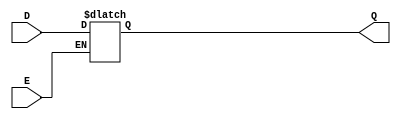
module async_gated_latch (
    input wire D,      // Data input
    input wire E,      // Enable signal
    output reg Q       // Output
);

// Always block that captures data based on the enable signal
always @* begin
    if (E) begin
        Q = D;        // Capture data when enable is high
    end
    // When E is low, Q retains its previous value
end

endmodule